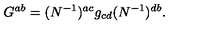
G ^ { a b } = ( N ^ { - 1 } ) ^ { a c } g _ { c d } ( N ^ { - 1 } ) ^ { d b } .